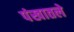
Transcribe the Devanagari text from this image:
पंखातले